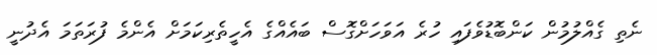
ނެތި ގެއްލުމުން ކަންބޮޑުވެފައި ހުރެ އަވަހަށްގޮސް ބައެއްގެ އެހީތެރިކަމަށް އެންމެ ފުރަތަމަ އެދުނީ